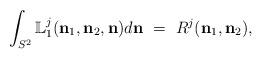
LaTeX: \begin{align*}\displaystyle{\int_{S^{2}}\mathbb{L}_{1}^{j}(\mathbf{n}_{1},\mathbf{n}_{2},\mathbf{n})d\mathbf{n}\ =\ R^{j}(\mathbf{n}_{1},\mathbf{n}_{2}),}\end{align*}